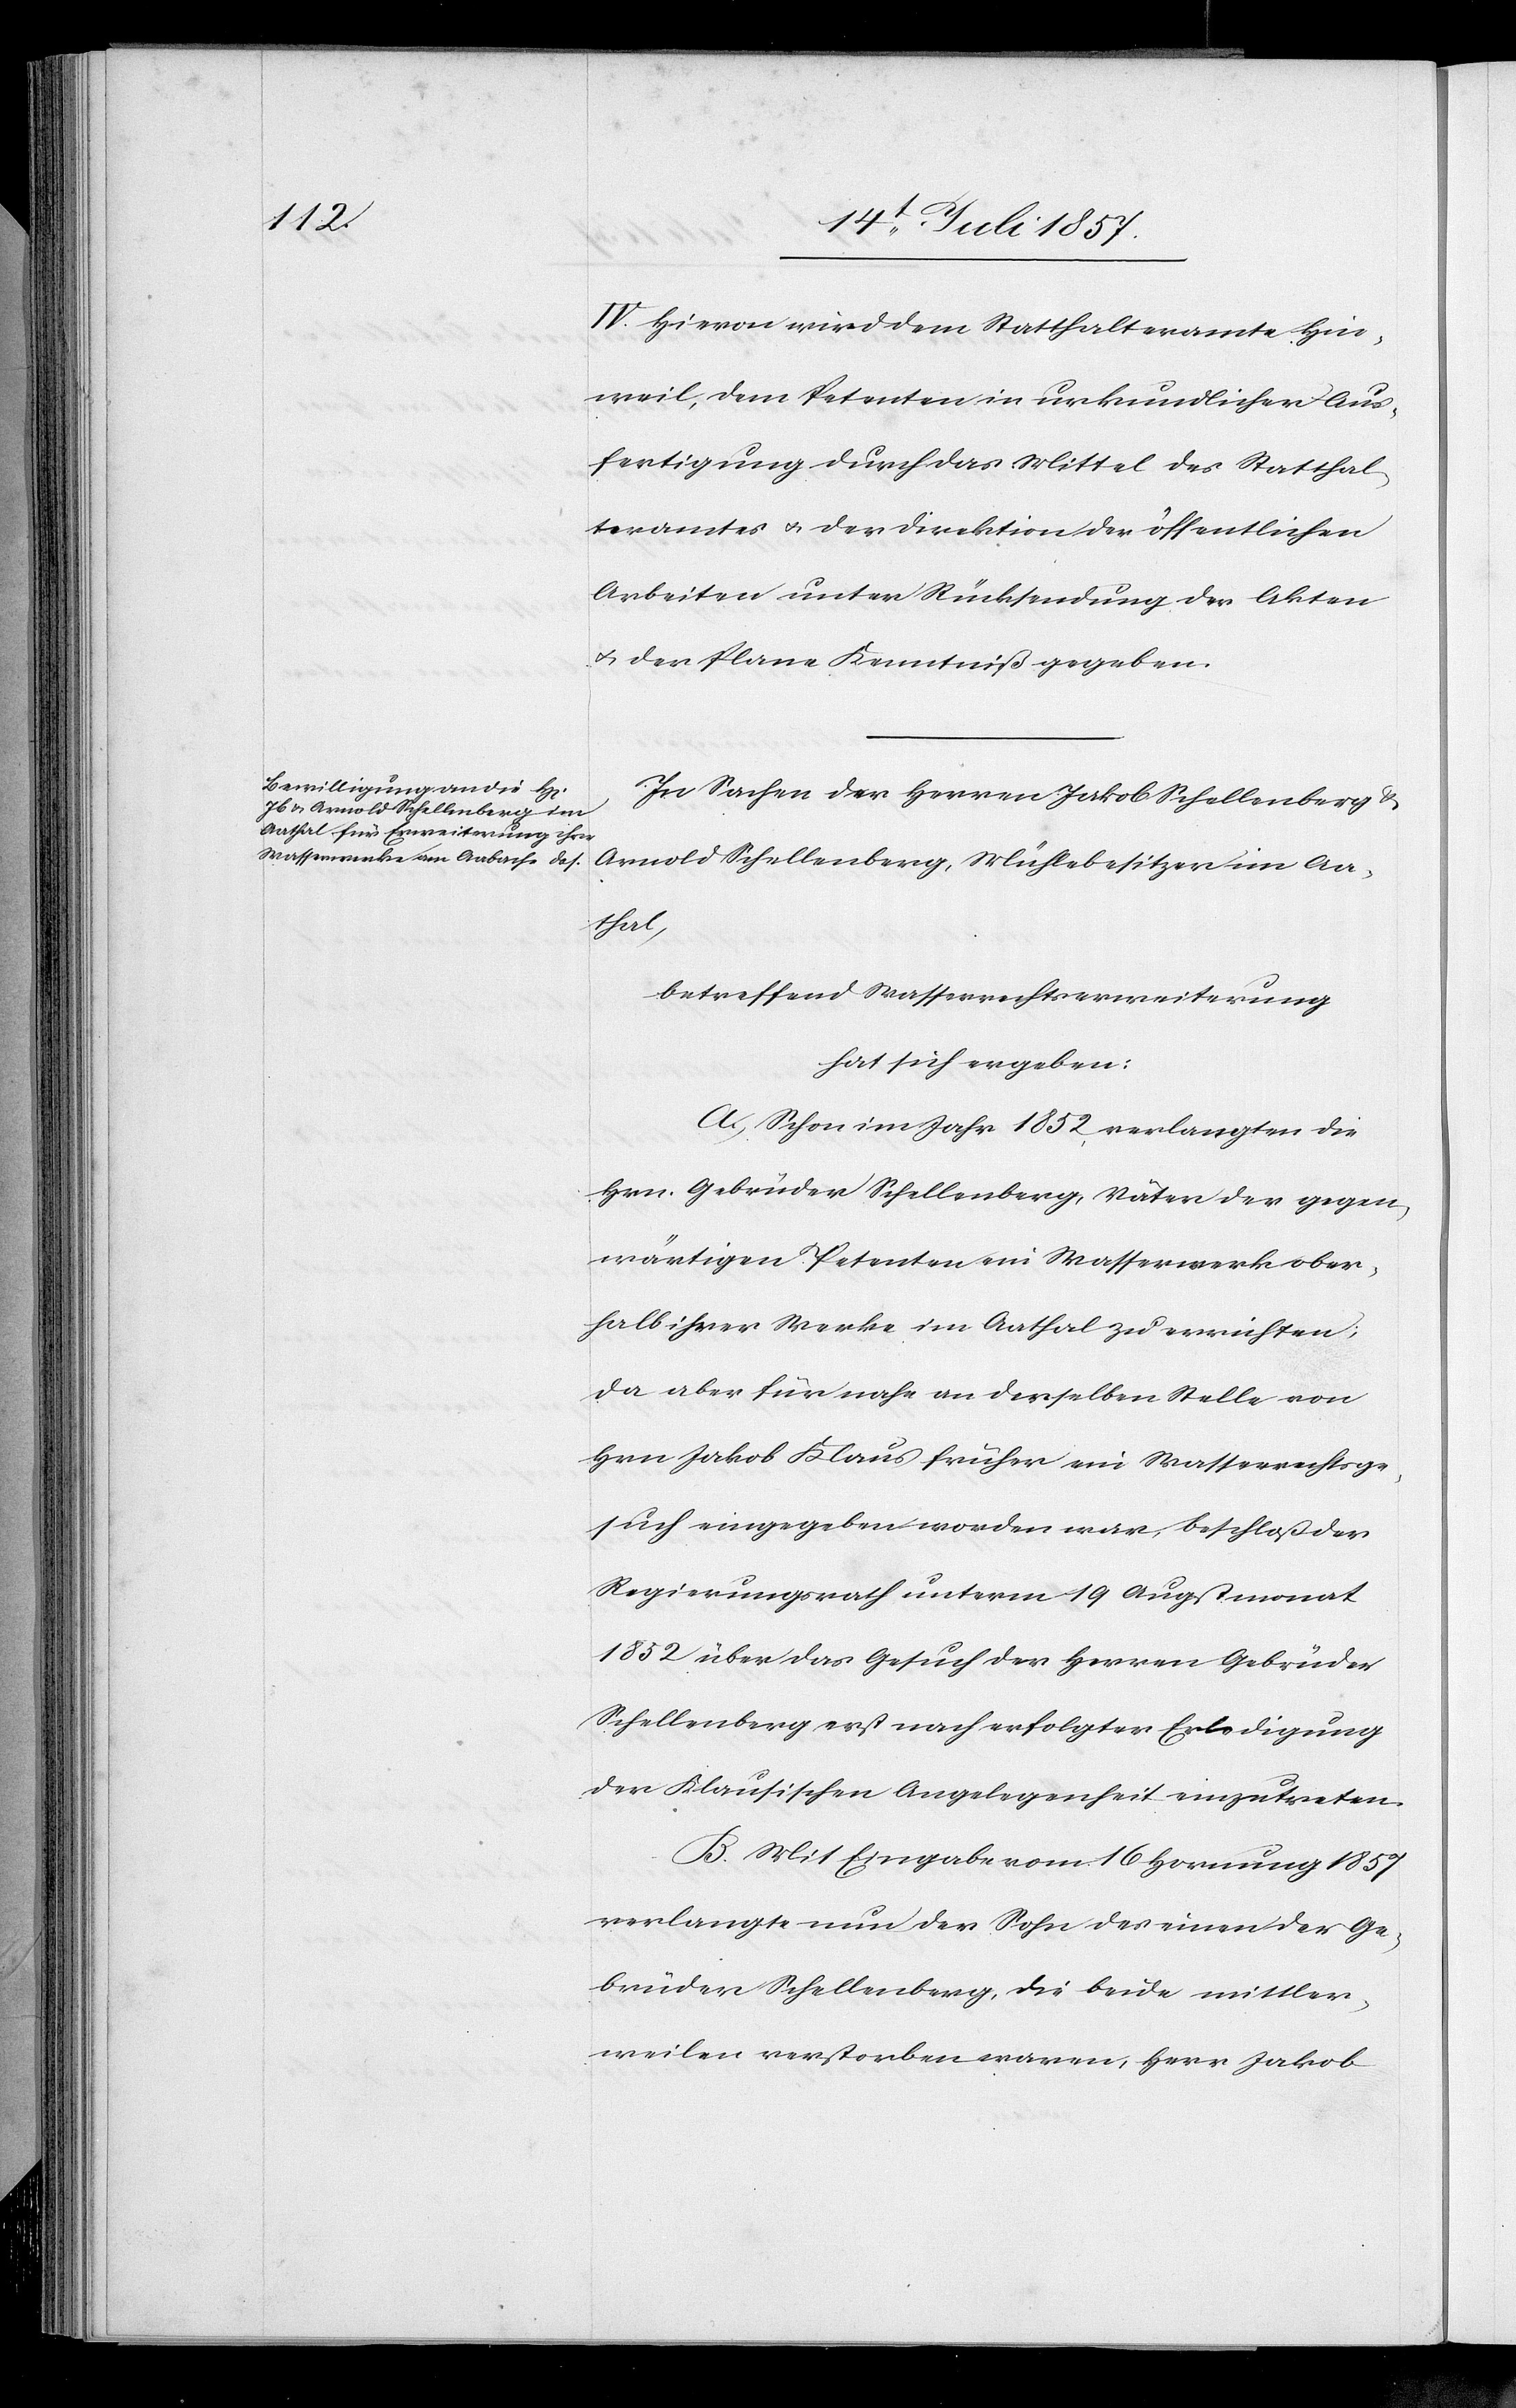
IV. Hievon wird dem Statthalteramte Hin¬
weil, dem Petenten in urkundlicher Aus¬
fertigung durch das Mittel des Statthal¬
teramtes & der Direktion der öffentlichen
Arbeiten unter Rücksendung der Akten
& der Plane Kenntniß gegeben.
In Sachen der Herren Jakob Schellenberg &
Aathal,
betreffend Wasserrechtserweiterung
hat sich ergeben:
A. Schon im Jahr 1852 verlangten die
Hrn. Gebrüder Schellenberg, Väter der gegen¬
wärtigen Petenten ein Wasserwerk ober¬
halb ihrer Werke im Aathal zu errichten,
da aber für nahe an derselben Stelle von
Hrn. Jakob Klaus früher ein Wasserrechtsge¬
such eingegeben worden war, beschloß der
Regierungsrath unterm 19 Augstmonat
1852 über das Gesuch der Herren Gebrüder
Schellenberg erst nach erfolgter Erledigung
der Klausischen Angelegenheit einzutreten.
B. Mit Eingabe vom 16 Hornung 1857
verlangte nun der Sohn des einen der Ge¬
brüder Schellenberg, die beide mittler¬
weilen verstorben waren, Herr Jakob